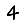
Digit: 4